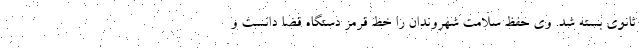
ثانوی بسته شد. وی حفظ سلامت شهروندان را خط قرمز دستگاه قضا دانست و